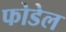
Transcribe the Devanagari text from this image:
फोडेल